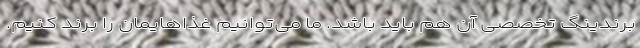
برندینگ تخصصی آن هم باید باشد. ما می‌توانیم غذاهایمان را برند کنیم.